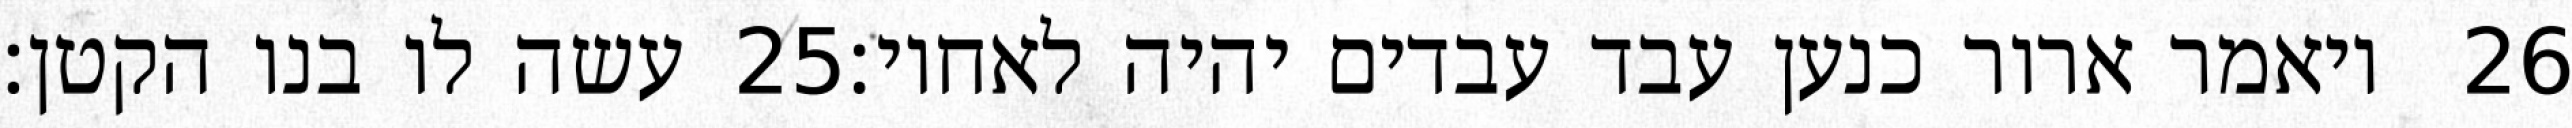
עשה לו בנו הקטן׃ ‎25‏ ויאמר ארור כנען עבד עבדים יהיה לאחיו׃ ‎26‏